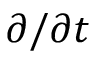
\partial / \partial t